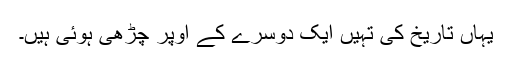
یہاں تاریخ کی تہیں ایک دوسرے کے اوپر چڑھی ہوئی ہیں۔